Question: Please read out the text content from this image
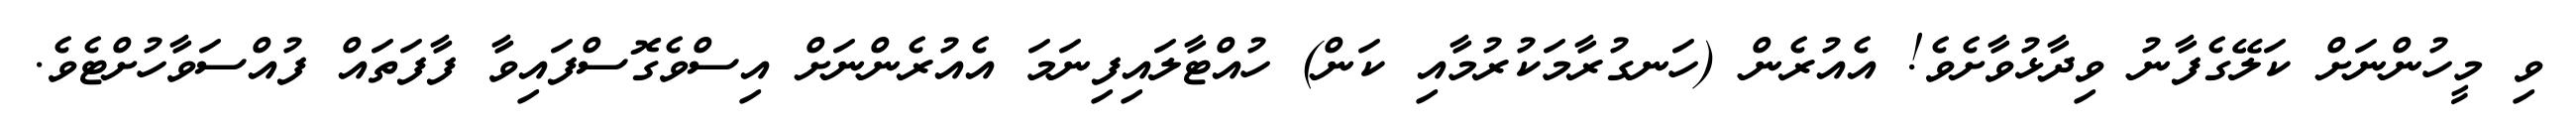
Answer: ވި މީހުންނަށް ކަލޭގެފާނު ވިދާޅުވާށެވެ! އެއުރެން (ހަނގުރާމަކުރުމާއި ކަން) ހުއްޓާލައިފިނަމަ އެއުރެންނަށް އިސްވެގޮސްފައިވާ ފާފަތައް ފުއްސަވާހުށްޓެވެ.